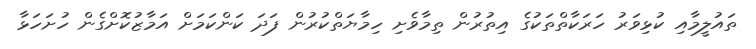
ތައުލީމާއި ކުޅިވަރު ހަރަކާތްތަކުގެ އިތުރުން ތިމާވެށި ހިމާޔަތްކުރުން ފަދަ ކަންކަމަށް އަމާޒުކޮށްގެން ހުށަހަޅާ